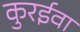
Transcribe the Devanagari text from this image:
कुरईवा